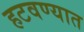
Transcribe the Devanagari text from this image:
हटवण्यात